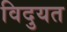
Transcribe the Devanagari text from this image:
विदुयत